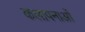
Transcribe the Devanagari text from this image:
कलापनाओं